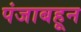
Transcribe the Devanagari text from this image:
पंजाबहून